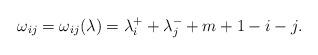
LaTeX: \begin{align*}\omega_{ij}=\omega_{ij}(\lambda)=\lambda^+_i+\lambda^-_j+m+1-i-j.\end{align*}